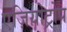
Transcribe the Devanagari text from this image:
एज़ियोट्रोप